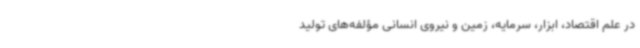
در علم اقتصاد، ابزار، سرمایه، زمین و نیروی انسانی مؤلفه‌های تولید